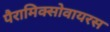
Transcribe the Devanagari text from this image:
पैरामिक्सोवायरस